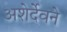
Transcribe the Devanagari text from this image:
अशेर्देवने